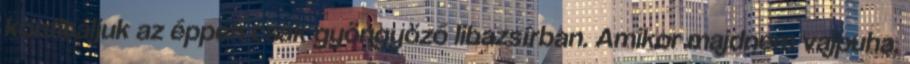
konfitáljuk az éppen csak gyöngyöző libazsírban. Amikor majdnem vajpuha,